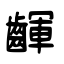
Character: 齳